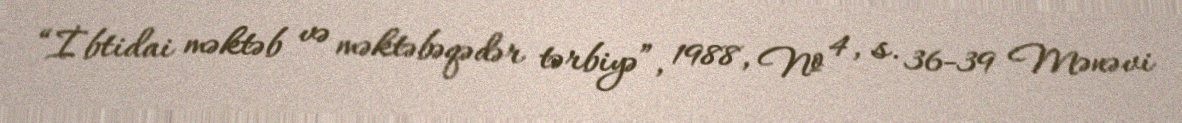
“İbtidai məktəb və məktəbəqədər tərbiyə”, 1988, № 4, s. 36-39 Mənəvi